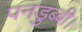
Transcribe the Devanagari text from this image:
पनडुब्‍बी।